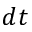
d t